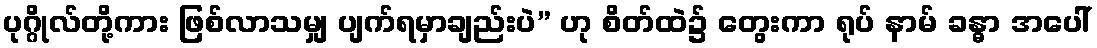
ပုဂ္ဂိုလ်တို့ကား ဖြစ်လာသမျှ ပျက်ရမှာချည်းပဲ” ဟု စိတ်ထဲ၌ တွေးကာ ရုပ် နာမ် ခန္ဓာ အပေါ်